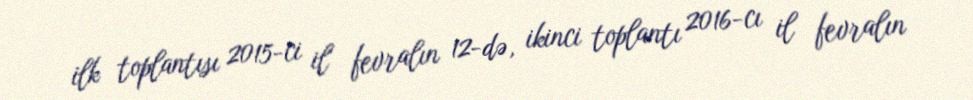
ilk toplantısı 2015-ci il fevralın 12-də, ikinci toplantı 2016-cı il fevralın